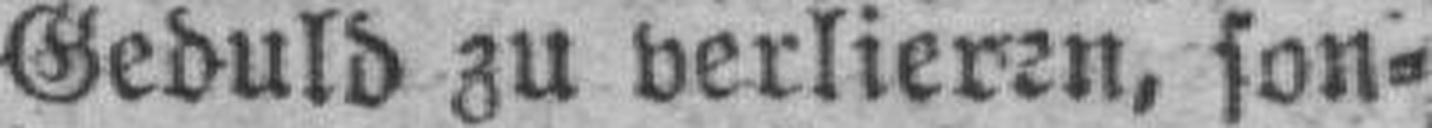
Geduld zu verlieren, son¬